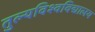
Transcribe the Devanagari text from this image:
तुल्यविश्वविद्यालय